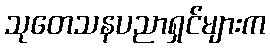
သုတေသနပညာရှင်များက